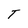
Character: T